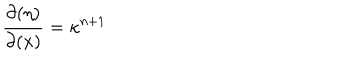
\frac { \partial ( \eta ) } { \partial ( x ) } = \kappa ^ { n + 1 }